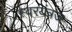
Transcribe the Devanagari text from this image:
स्वरयंत्रज